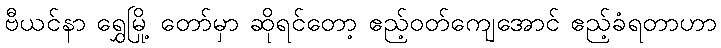
ဗီယင်နာ ရွှေမြို့ တော်မှာ ဆိုရင်တော့ ဧည့်ဝတ်ကျေအောင် ဧည့်ခံရတာဟာ